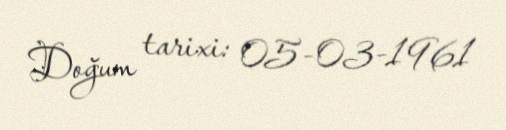
Doğum tarixi: 05-03-1961